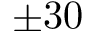
\pm 3 0